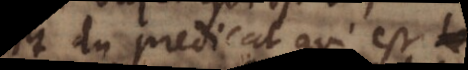
et du predicat qui est son